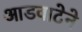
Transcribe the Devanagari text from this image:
आडवाटेने